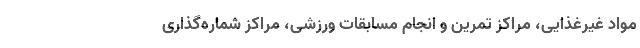
مواد غیرغذایی، مراکز تمرین و انجام مسابقات ورزشی، مراکز شماره‌گذاری